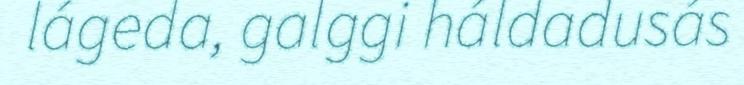
lágeda, galggi háldadusás